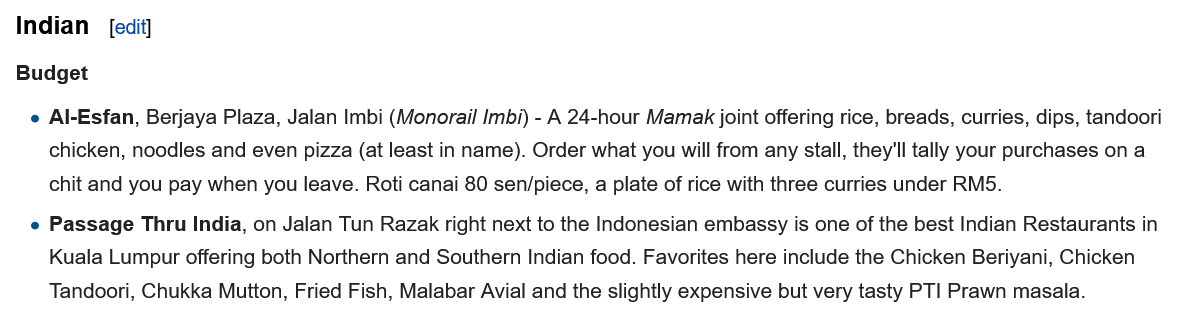
Indian   [edi It
  Budget
   e Passage Thru India, on Jalan Tun Razak right next to the Indonesian embassy is one of the best Indian Restaurants in
     Kuala Lumpur offering both Northern and Southern Indian food. Favorites here include the Chicken Beriyani, Chicken
     Tandoori, Chukka Mutton, Fried Fish, Malabar Avial and the slightly expensive but very tasty PTI Prawn masala.
   e Al-Esfan, Berjaya Plaza, Jalan Imbi (Monorail Imbi) -
     A 24-hour Mamak joint offering rice, breads, curries, dips, tandoori
     chicken, noodles and even pizza (at least in name). Order what you will from any stall, they'll tally your purchases on a
     chit and you pay when you leave. Roti canai 80 sen/piece, a plate of rice with three curries under RM5.